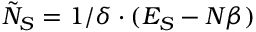
\tilde { N } _ { S } = 1 / \delta \cdot ( E _ { S } - N \beta )